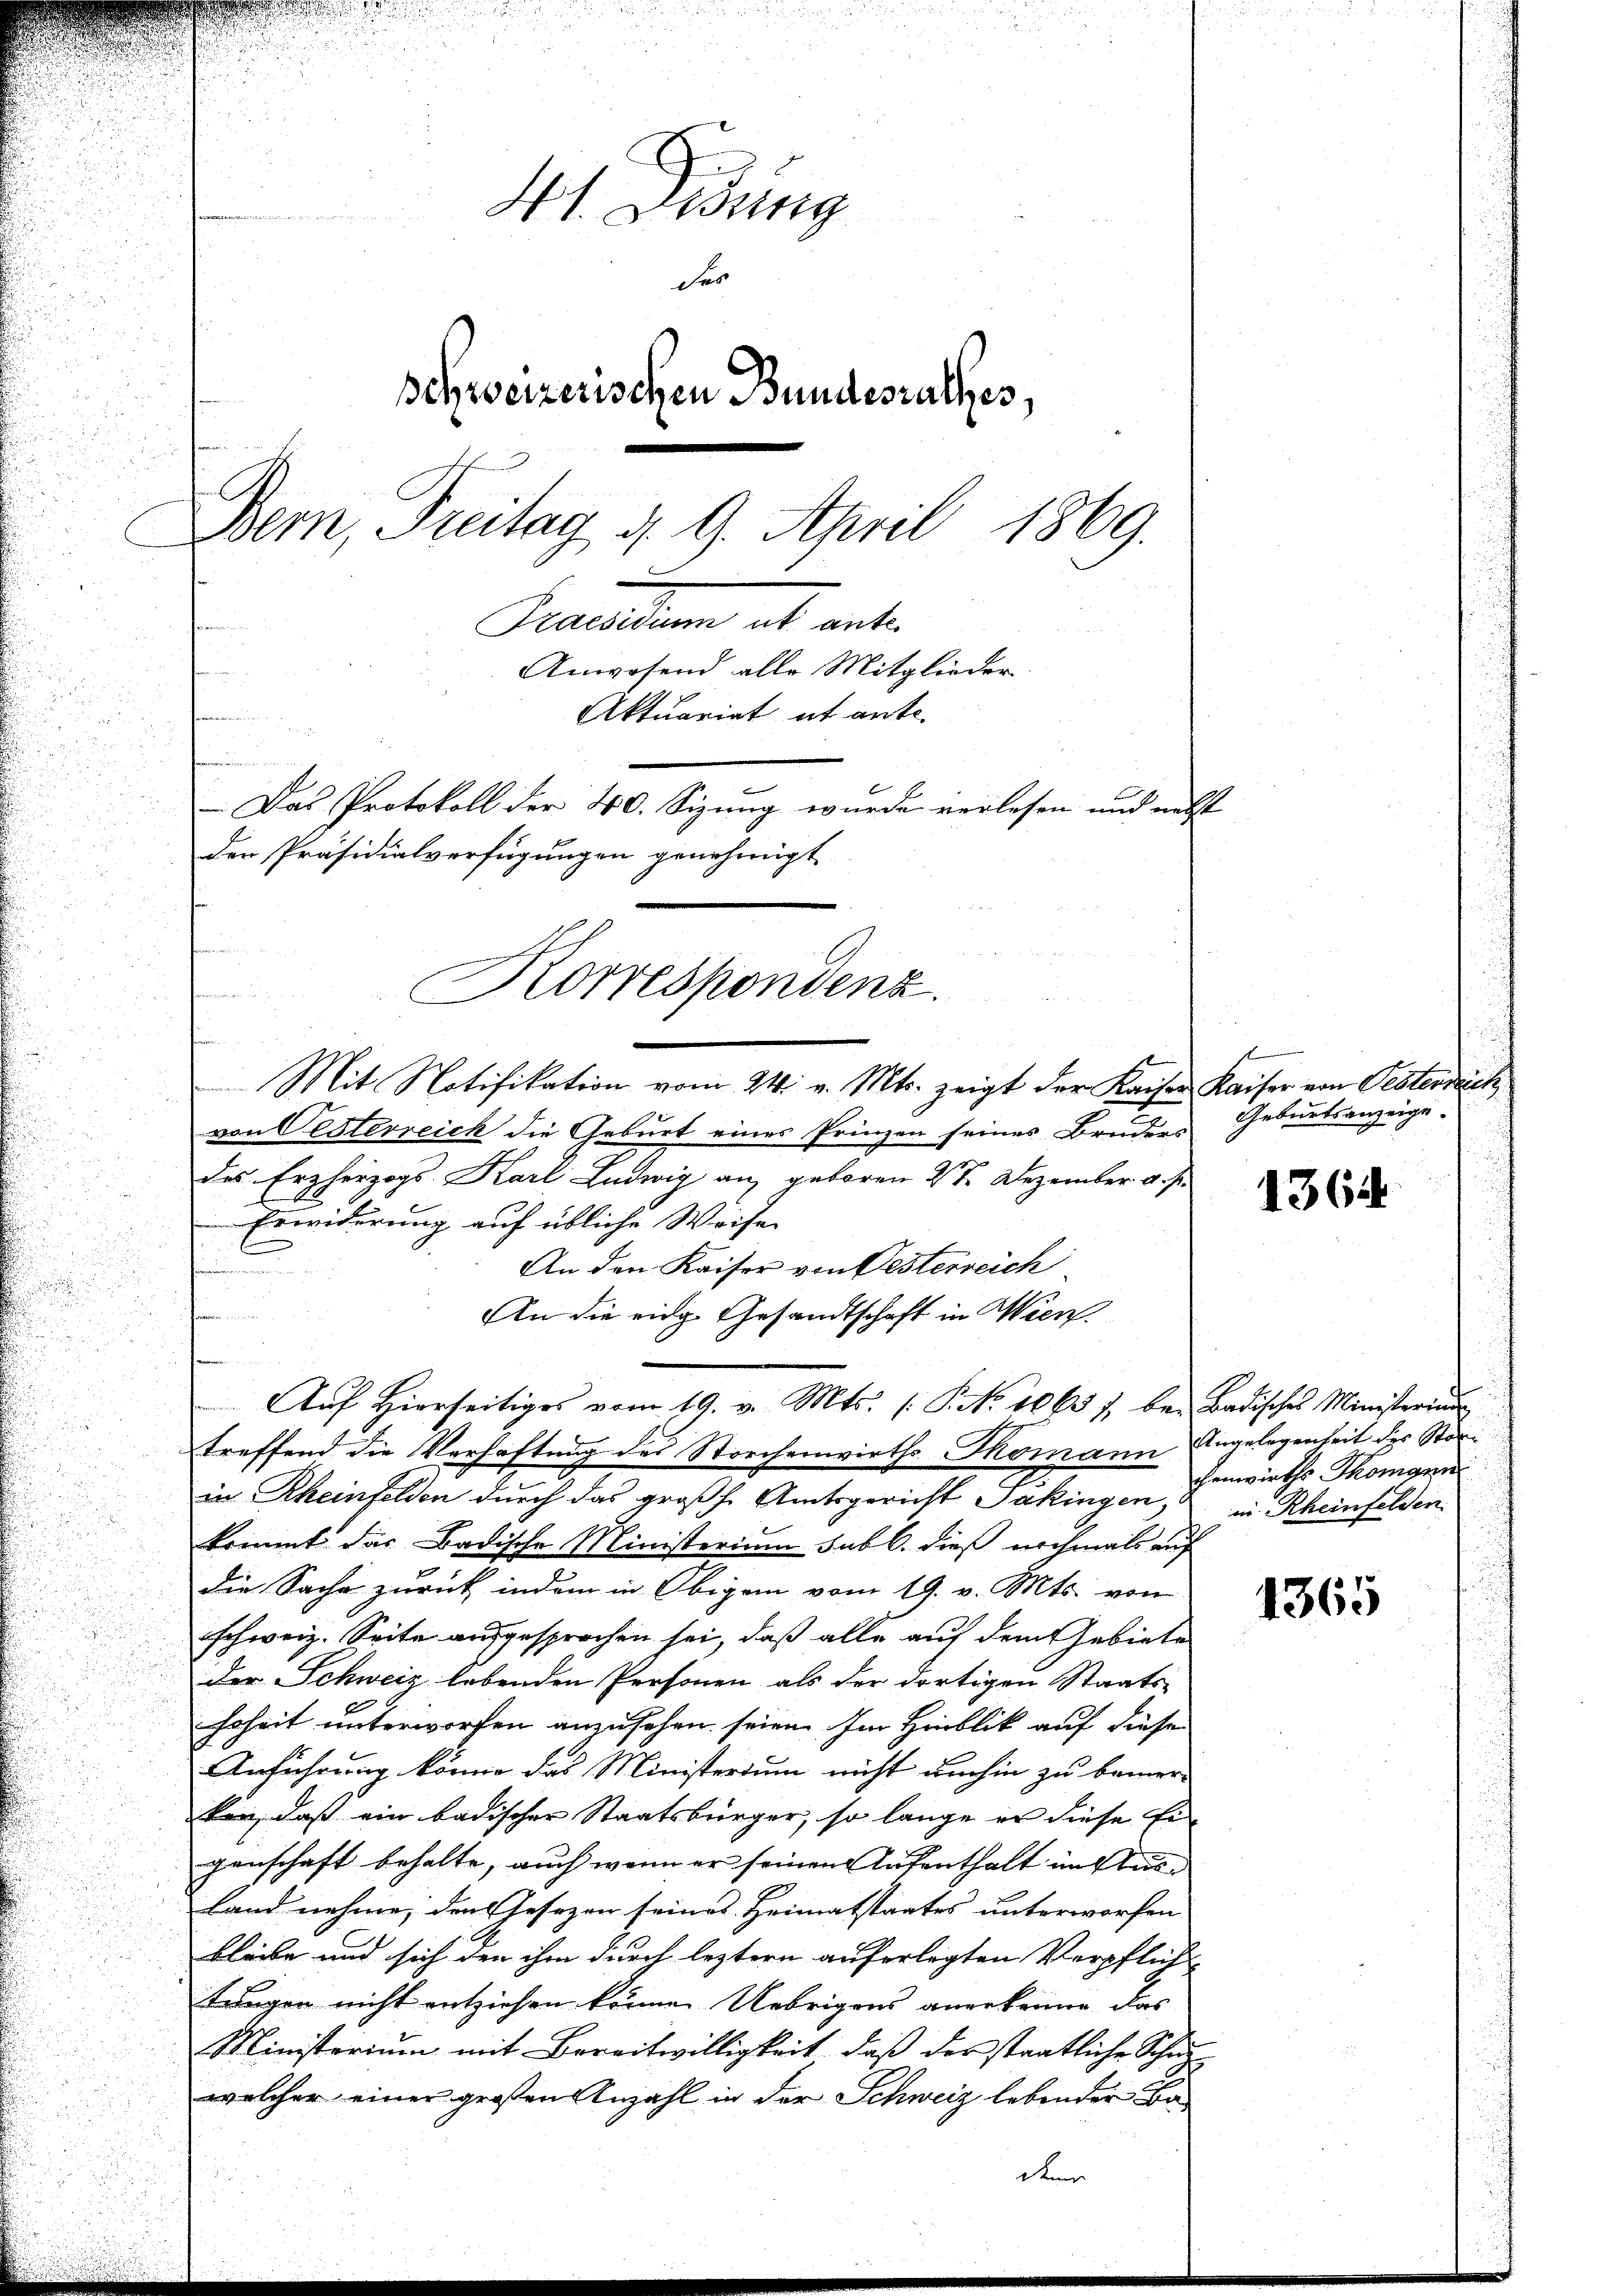
d

u

d
n

4t. Fidung
des
schweizerischen Bundesrathes,
Bem, Freitag d. 9. April 1869.
Pactum ab unte
Anwesend alle Mitglieder
Aktuariat it ante.
n
Das Protokoll der 40. Sizung wurde verlesen und nebst
den Präsidialverfügungen genehmigt

Mit Notifikation vom 24. v. Mts. zeigt der Kaiser Kaiser von Oesterdäch
von Testerreich die Geburt eines Prinzen seines Bruders
des Erzherzogs Karl Ludwig an geboren 27. Dezember a. s.
Erwiderung auf übliche Weise |
E
d
An den Kaiser von Oesterreich
An die eidg. Gesandtschaft in Wien.
s
Auf Hierseitiges vom 19. v. Mts. (T. No. 1665 f. bei Badisches Ministerium
treffend die Verhaftung des Storchenwirths Tomann
in Rheinfelden durch das großh. Amtsgericht Jäkingen, & in Rheinfelden
kommt das Badische Ministerium sub 6. dieß nochmals auf
die Sache zurück, indem in Obigem vom 19. v. Mts. von
schweiz. Seite ausgesprochen sei, daß alle auf dem Gebiete
der Schweiz lebenden Personen als der dortigen Staats-
hoheit unterworfen anzusehen seien. Im Hinblick auf diesen
Anführung könne das Ministerium nicht umhin zu bemer-
ken, daß ein badischer Staatsbürger, so lange er diese Ei
genschaft behalte, auch wenn er seinen Aufenthalt insbes
Land nehme, den Gesezen seines Heimatstaates unterworfen,
bleibe und sich den ihm durch leztern auferlegten Verpflich-
tungen nicht entziehen können Uebrigens anerkenne, das
Ministerium mit Bereitwilligkeit, daß des staatliche Schulwelcher einer großen Anzahl in der Schweiz lebender Ba-

Korrespondenz.

deme

de

Geburtsanzeige.

1364

Angelegenheit des Stanchenwirths Thomann

1365